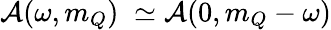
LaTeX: {\cal A}(\omega,m_{Q})\; \simeq{\cal A}(0,m_{Q}-\omega)